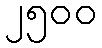
၂၅၀၀